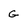
Character: G